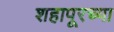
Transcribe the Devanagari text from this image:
शहापूरच्या